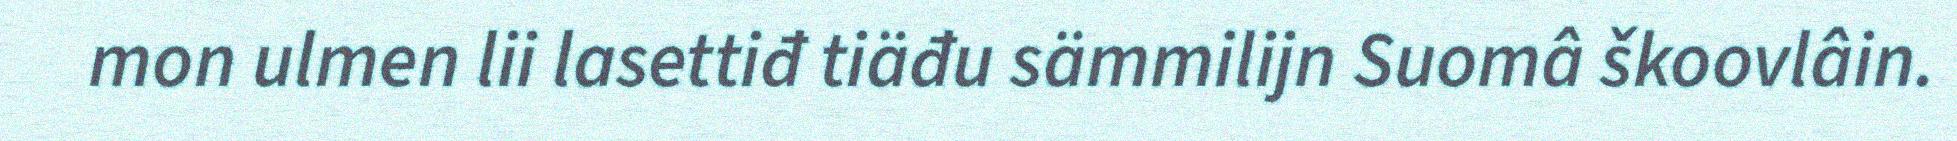
mon ulmen lii lasettiđ tiäđu sämmilijn Suomâ škoovlâin.